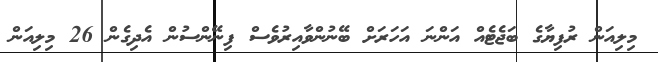
މިލިއަން ރުފިޔާގެ ބަޖެޓެއް އަންނަ އަހަރަށް ބޭނުންވާއިރުވެސް ފިނޭންސުން އެދިގެން 26 މިލިއަން